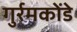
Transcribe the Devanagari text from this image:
गुर्रमकोंडे